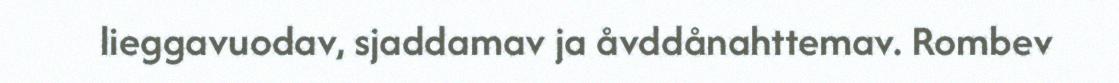
lieggavuodav, sjaddamav ja åvddånahttemav. Rombev